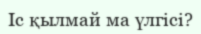
Iс қылмай ма үлгісі?